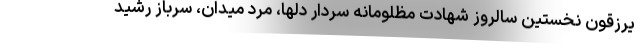
یرزقون نخستین سالروز شهادت مظلومانه سردار دلها، مرد میدان، سرباز رشید